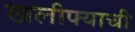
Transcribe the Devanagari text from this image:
खलीफ्याची